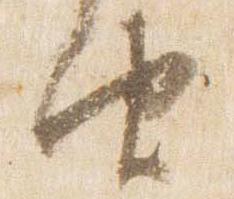
由